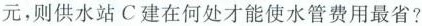
元，则供水站C建在何处才能使水管费用最省?